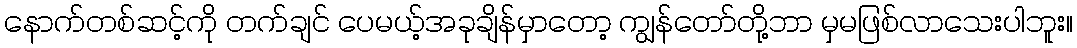
နောက်တစ်ဆင့်ကို တက်ချင် ပေမယ့်အခုချိန်မှာတော့ ကျွန်တော်တို့ဘာ မှမဖြစ်လာသေးပါဘူး။